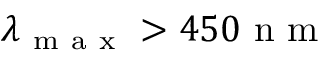
\lambda _ { \mathrm { ~ m ~ a ~ x ~ } } > 4 5 0 \mathrm { ~ n ~ m ~ }